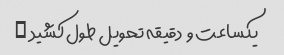
یکساعت و  دقیقه تحویل طول کشید …